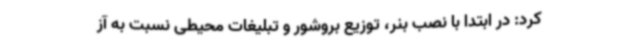
کرد: در ابتدا با نصب بنر، توزیع بروشور و تبلیغات محیطی نسبت به آز